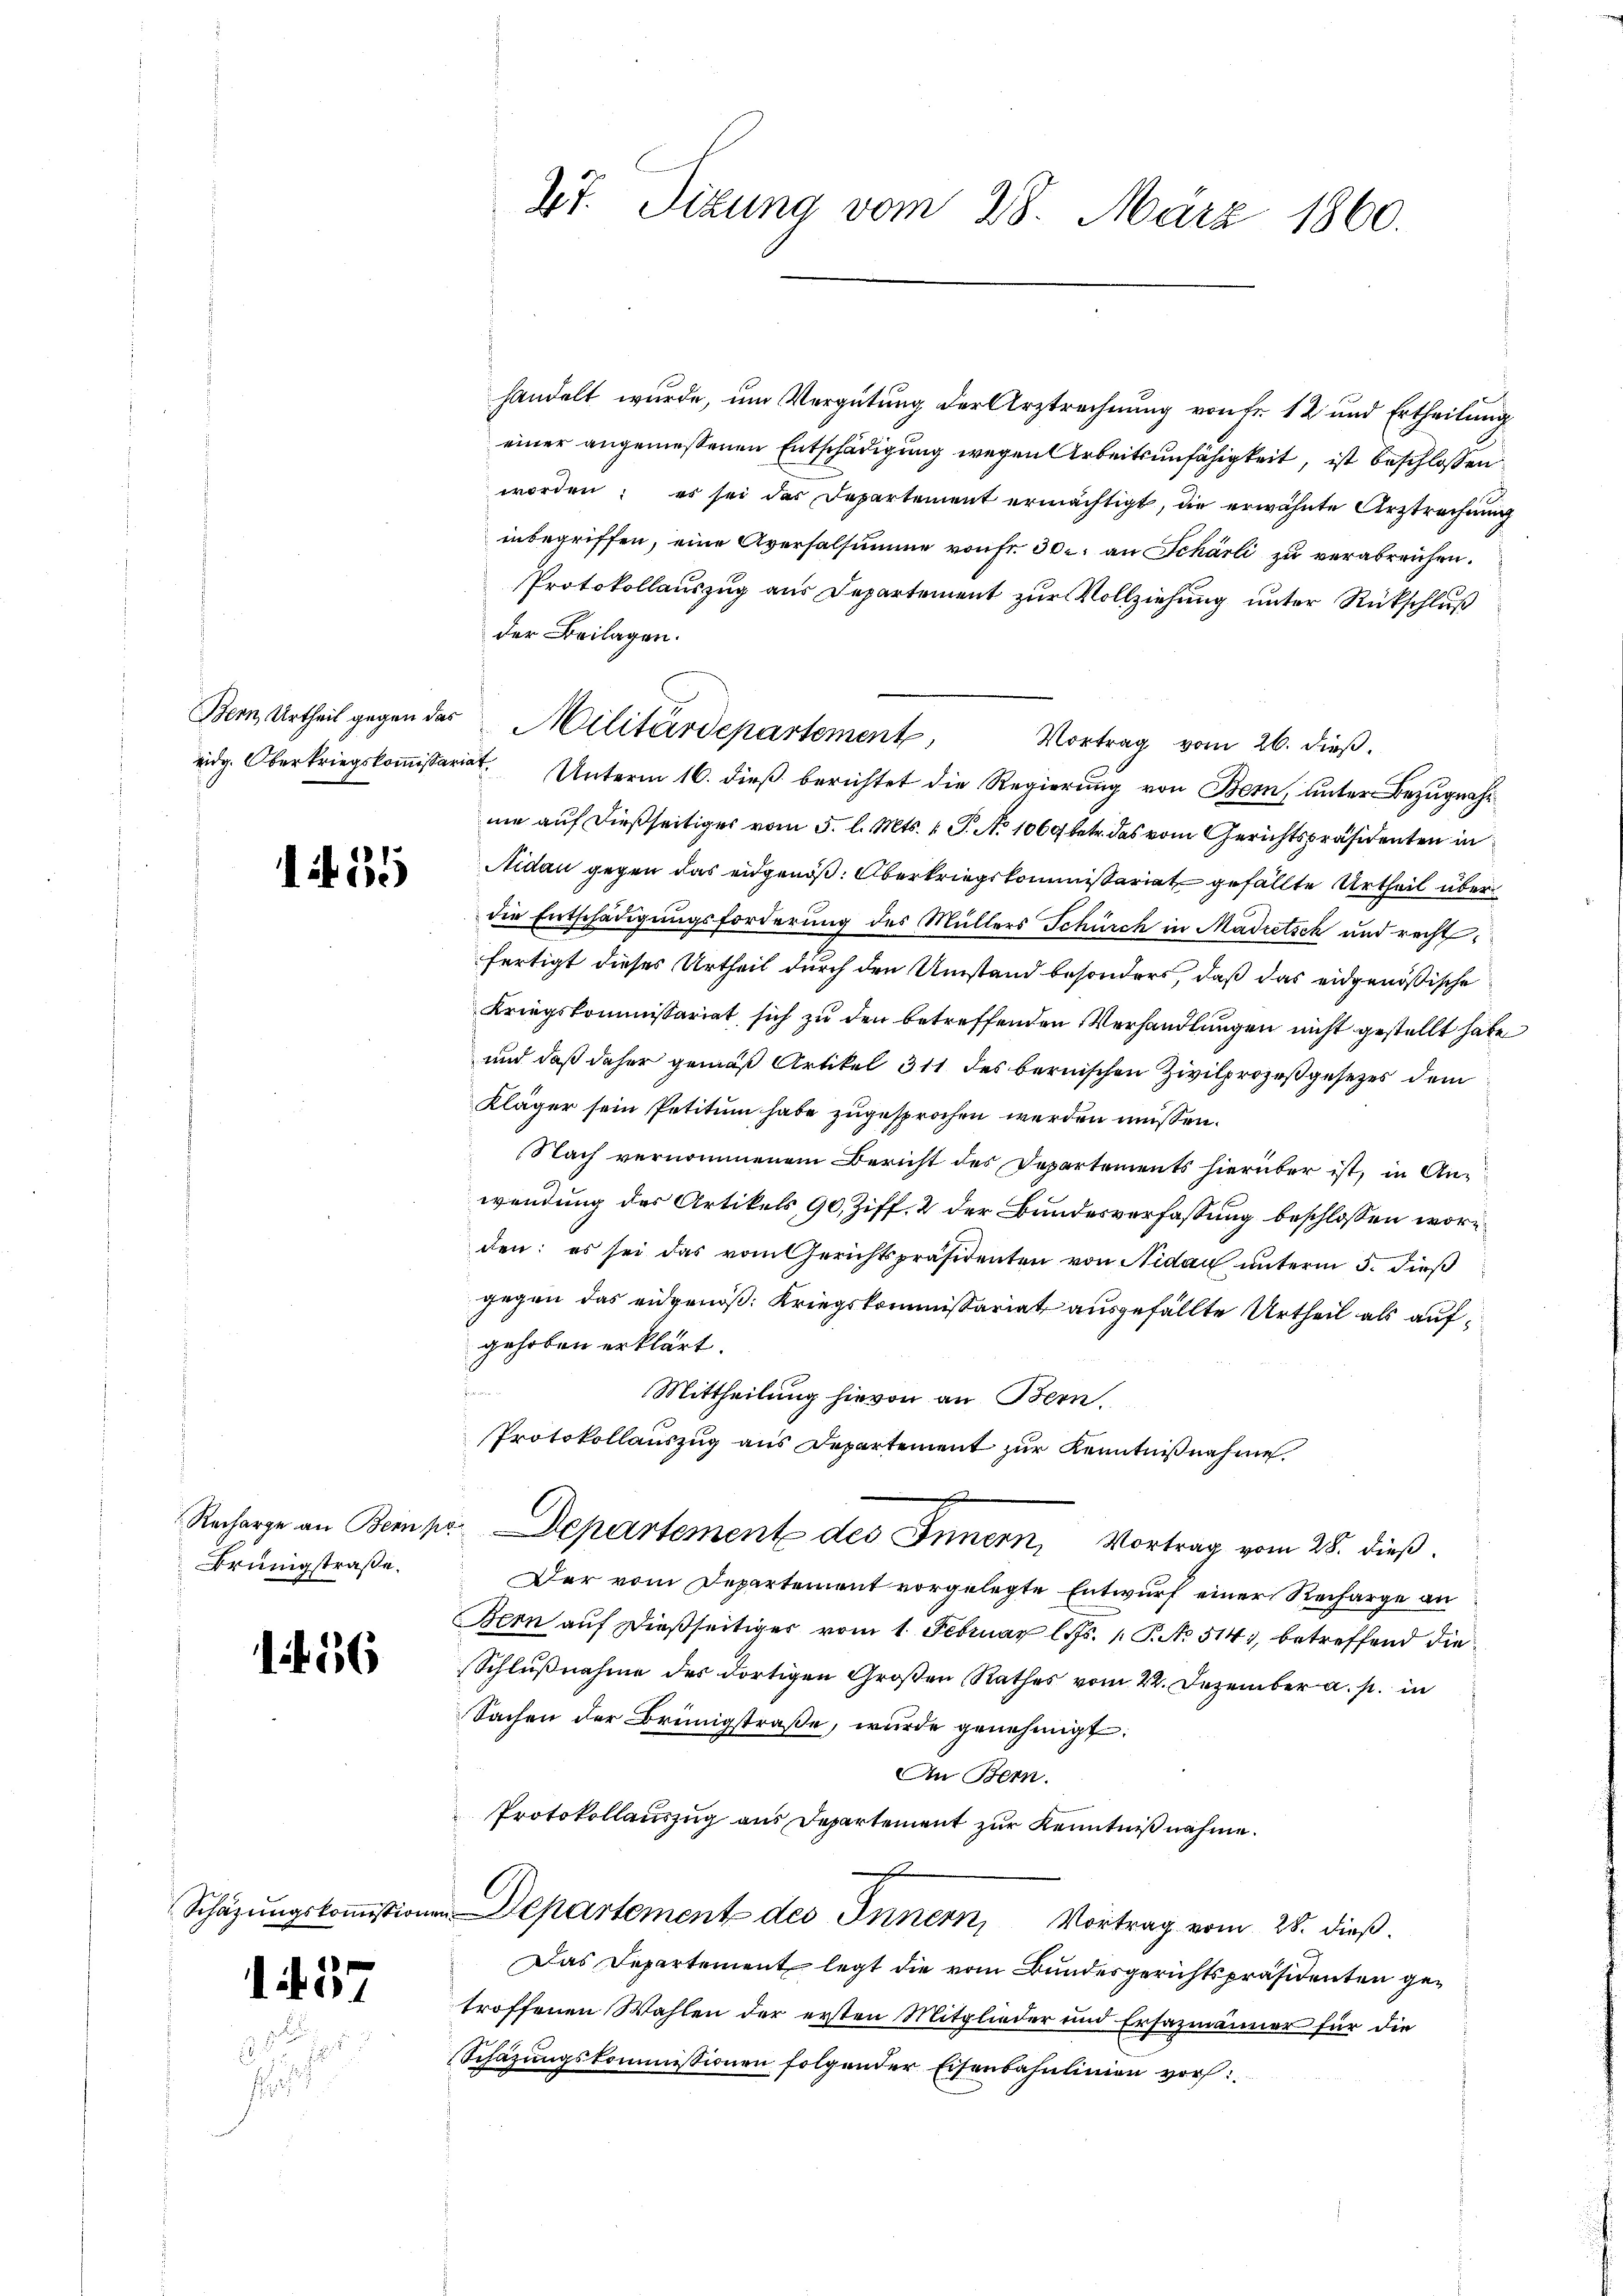
eidg. Oberkriegskommissariat

35

Recharge an Bern p
Brüngstraße.

1456

if. 37

inbegriffen, eine Aversalsumme von fr. 30. an Scharli zu verabreichen.
Protokollauszug aus Departement zur Vollziehung unter Rückschluß
der Beilagen.
Vortrag vom 26. dieß.
Unterm 16. dieß berichtet die Regierung von Bern, unter Bezugnahne auf dießseitiges vom 5. l. Mts. 1. P. No 1060 betr. das vom Gerichtspräsidenten in
Nidau gegen das eidgenöß: Oberkriegskommissariat gefällte Urtheil über
die Entschädigungsforderung des Müllers Schürch in Madretsch und rechtfertigt dieses Urtheil durch den Umstand besonders, daß das eidgenößische
Kriegskommissariat sich zu den betreffenden Verhandlungen nicht gestellt habe
und daß daher gemäß Artikel 311 des bernischen Zivilprozeßgesezes dem
Kläger sein Petitum habe zugesprochen werden müssen.
Nach vernommenem Bericht des Departements hierüber ist, in Anwendung des Artikels, 90, Ziff. 2 der Bundesverfassung beschlossen worden: es sei das vom Gerichtspräsidenten von Nidau unterm 5. dieß
gegen das eidgenöß: Kriegskommissariat ausgefällte Urtheil als aufgehoben erklärt.
.
Mittheilung hievon an Bern,
Protokollauszug aus Departement zur Kenntnißnahme.
u. Departement des Innern, Vortrag vom 28. dieß.
Der vom Departement vorgelegte Entwurf einer Recharge an
Bern auf dießseitiges vom 1. Februar l. Js. 1. P. No 514, betreffend die
Schlußnahme des dortigen Großen Rathes vom 22. Dezember a. p. in
Sachen der Brünigstraße, wurde genehmigt:
An Bern.
Protokollauszug aus Departement zur Kenntnißnahme.
Schätzungskoṁissionen Departement des Innern, Vortrag vom 28. dieß.
Das Departement legt die vom Bundesgerichtspräsidenten getroffenen Wahlen der ersten Mitglieder und Ersazmänner für die
Schazungskommissionen folgender Eisenbahnlinien vor:

47. Sizung vom 28. März 1860.

Bern, Urtheil gegen das Militärdepartemente,

einer angemessenen Entschädigung wegen Arbeitsunfähigkeit, ist beschlossen
worden; es sei der Departement ermächtigt, die erwähnte Urztrechung

handelt wurde, um Vergütung der Arztrechnung von Fr. 12 und Ertheilung